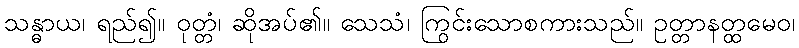
သန္ဓာယ၊ ရည်၍။ ဝုတ္တံ၊ ဆိုအပ်၏။ သေသံ၊ ကြွင်းသောစကားသည်။ ဥတ္တာနတ္ထမေဝ၊